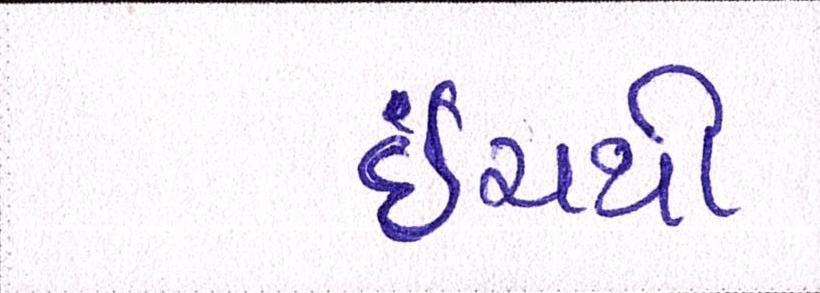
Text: ઇંચથી